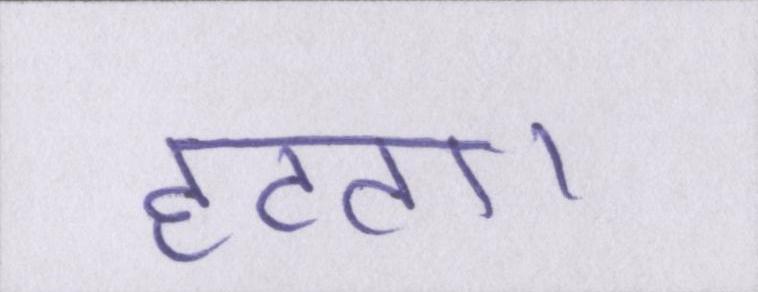
हटता।